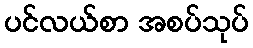
ပင်လယ်စာ အစပ်သုပ်